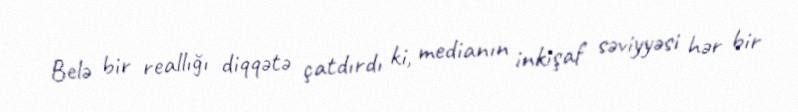
Belə bir reallığı diqqətə çatdırdı ki, medianın inkişaf səviyyəsi hər bir